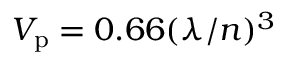
V _ { \mathrm { p } } = 0 . 6 6 ( \lambda / n ) ^ { 3 }